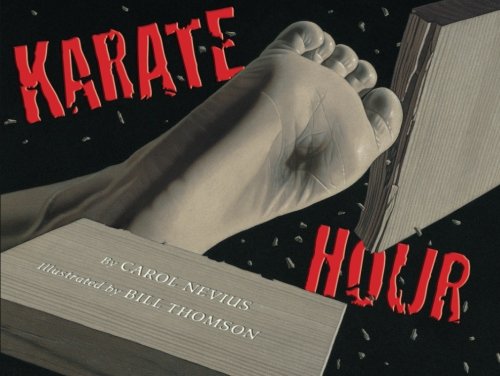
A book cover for Karate Hour; Carol Nevius; Children's Books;